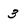
Character: 3